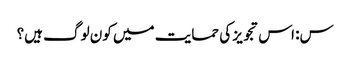
س: اس تجویز کی حمایت میں کون لوگ ہیں؟